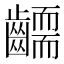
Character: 𮯔